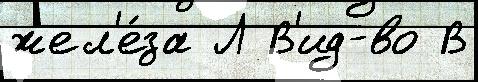
жел'е́за Л В'ид-во В